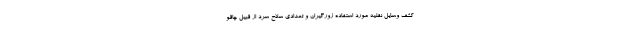
کشف وسایل نقلیه مورد استفاده زورگیران و تعدادی سلاح سرد از قبیل چاقو